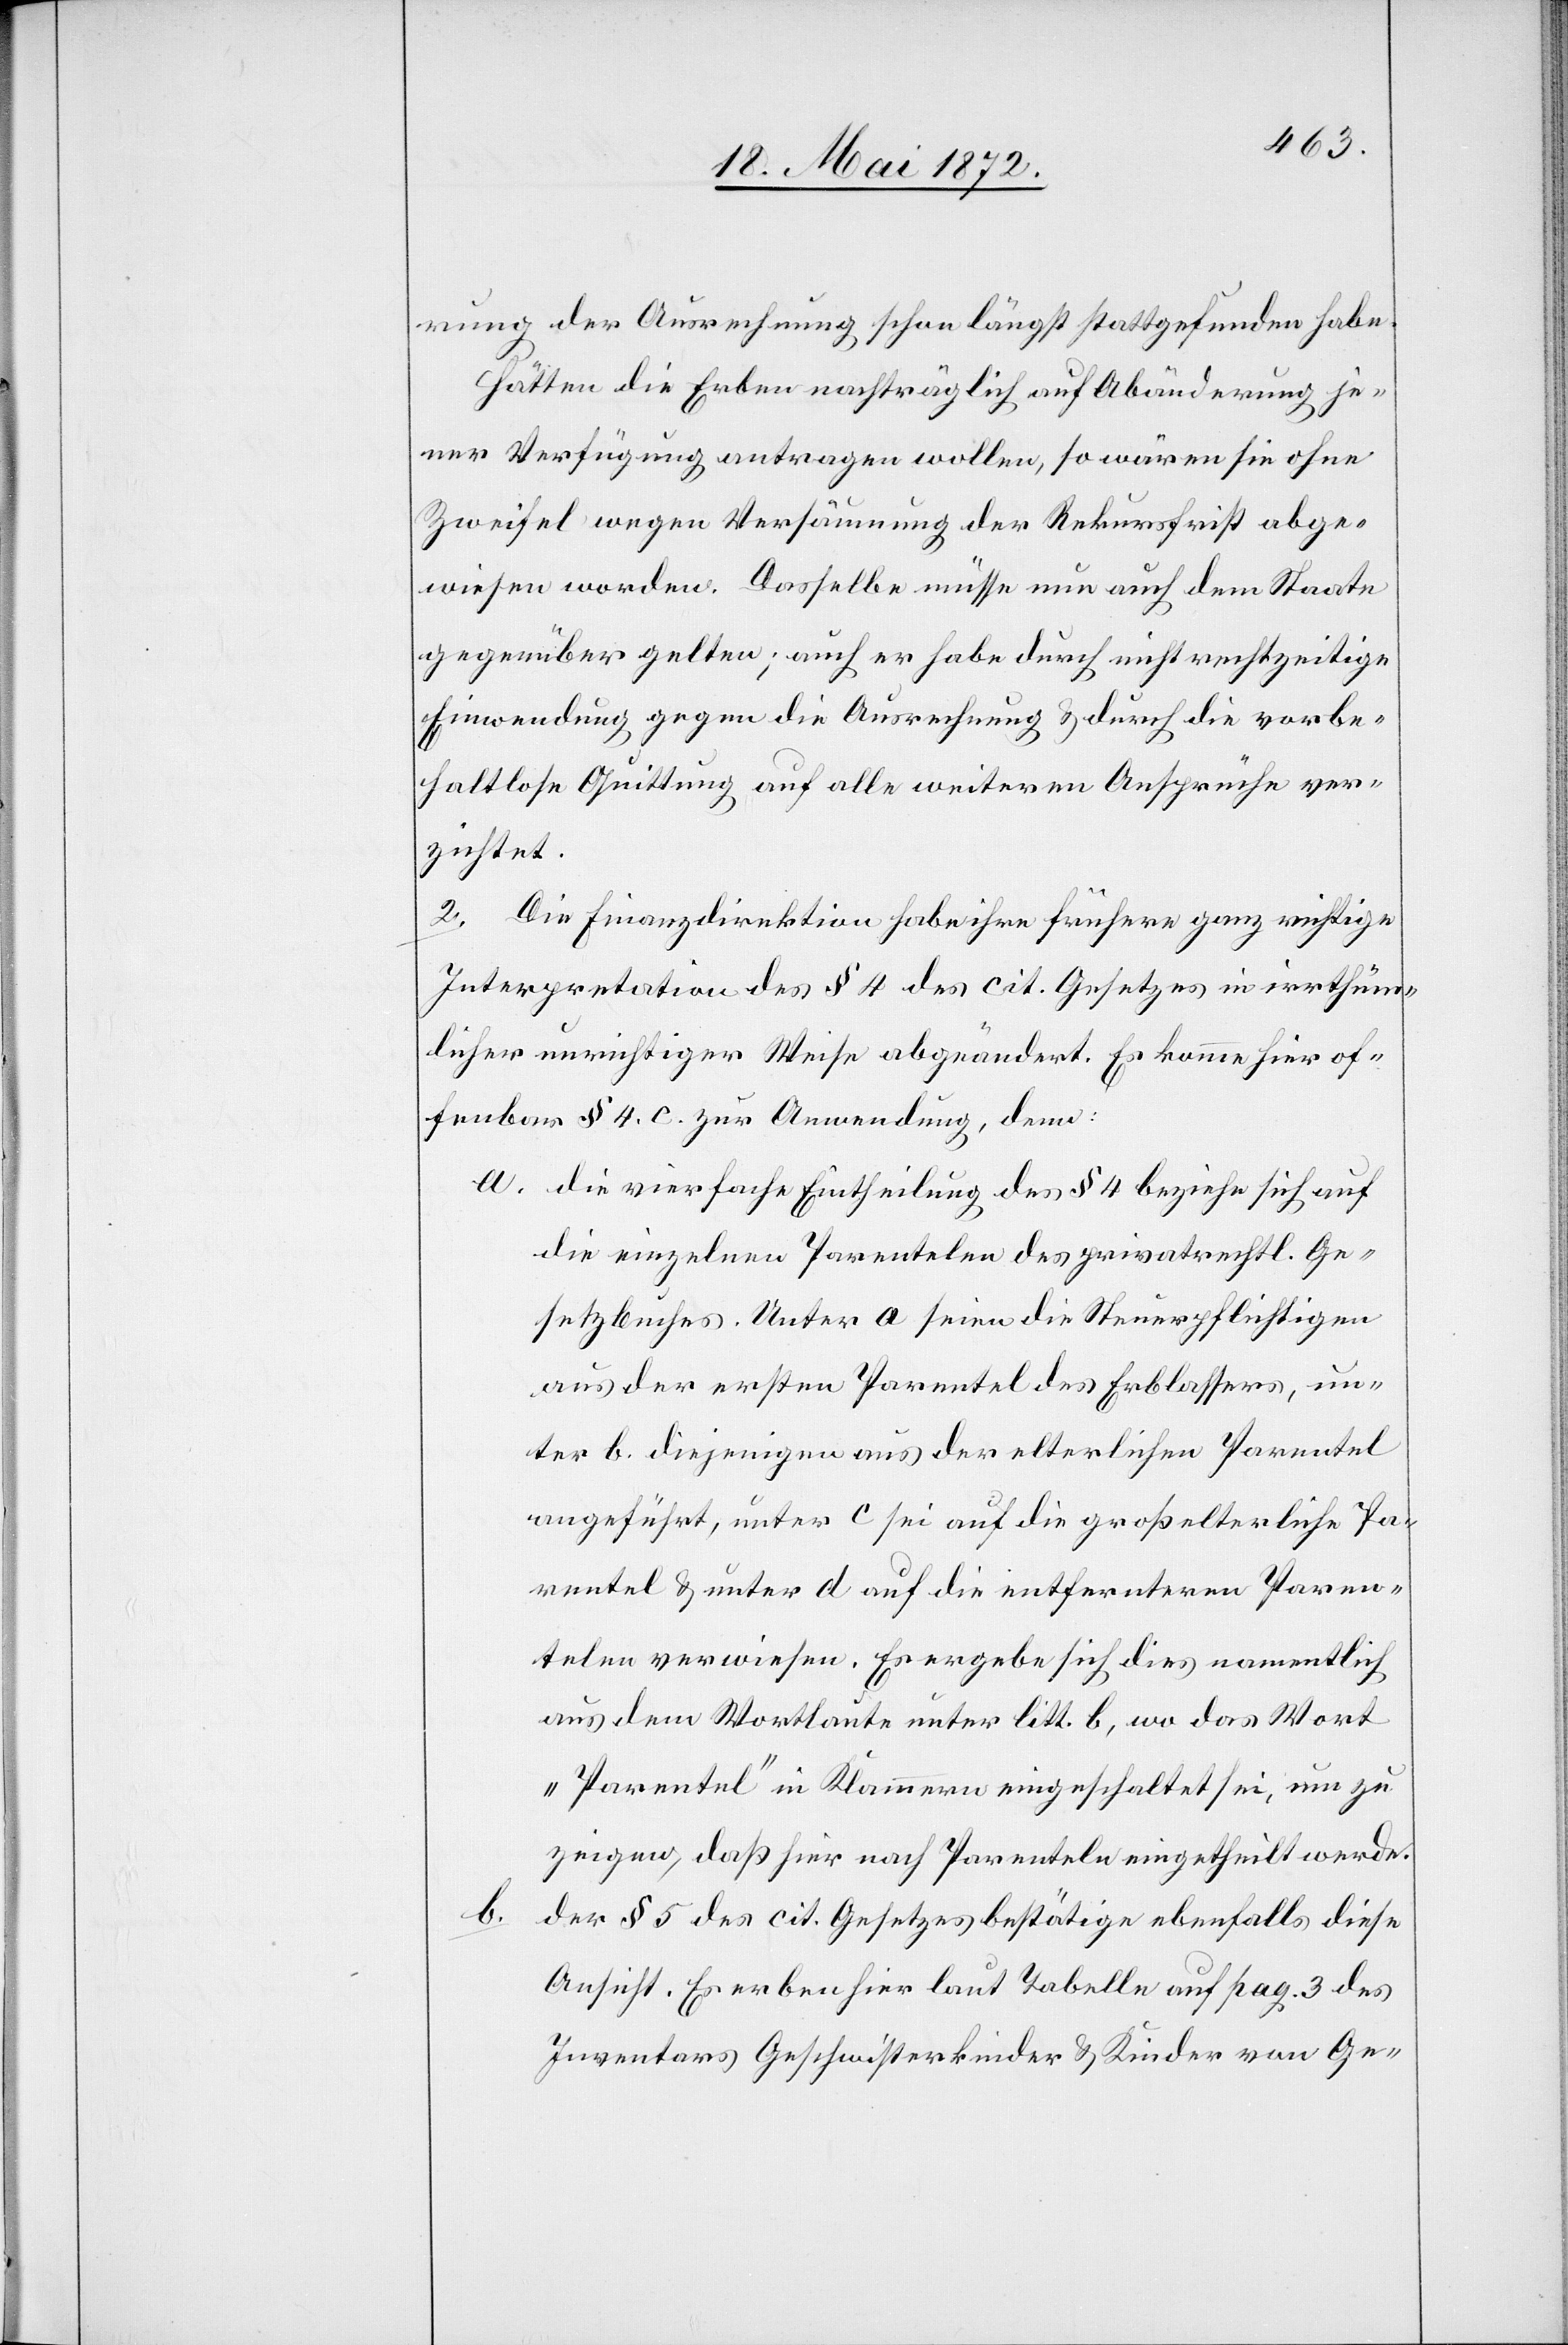
b.

rung der Ausrechnung schon längst stattgefunden habe.
Hätten die Erben nachträglich auf Abänderung je¬
ner Verfügung antragen wollen, so wären sie ohne
Zweifel wegen Versäumung der Rekursfrist abge¬
wiesen worden. Dasselbe müsse nun auch dem Staate
gegenüber gelten; auch er habe durch nicht rechtzeitige
Einwendung gegen die Ausrechnung u. durch die vorbe¬
haltlose Quittung auf alle weiteren Ansprüche ver¬
zichtet.
2. Die Finanzdirektion habe ihre frühere ganz richtige
Interpretation des § 4 des cit. Gesetzes in irrthüm¬
licher unrichtiger Weise abgeändert. Es komme hier of¬
fenbar § 4. c. zur Anwendung, denn:
a. die vierfache Eintheilung des § 4 beziehe sich auf
die einzelnen Parentelen des privatrechtl. Ge¬
setzbuches. Unter a. seien die Steuerpflichtigen
aus der ersten Parentel des Erblassers, un¬
ter b. diejenigen aus der elterlichen Parentel
angeführt, unter c sei auf die großelterliche Pa¬
rentel u. unter d. auf die entfernteren Paren¬
telen verwiesen. Es ergebe sich dies namentlich
aus dem Wortlaute unter litt. b, wo das Wort
„Parentel“ in Klammern eingeschaltet sei, um zu
zeigen, daß hier nach Parenteln eingetheilt werde.
der § 5 des cit. Gesetzes bestätige ebenfalls diese
Ansicht. Es erben hier laut Tabelle auf pag. 3 des
Inventars Geschwisterkinder u. Kinder von Ge-